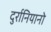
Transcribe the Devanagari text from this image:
दुर्रानियानो